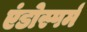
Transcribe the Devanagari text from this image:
एंडोस्पर्म